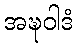
အဍ္ဎဝါဒံ